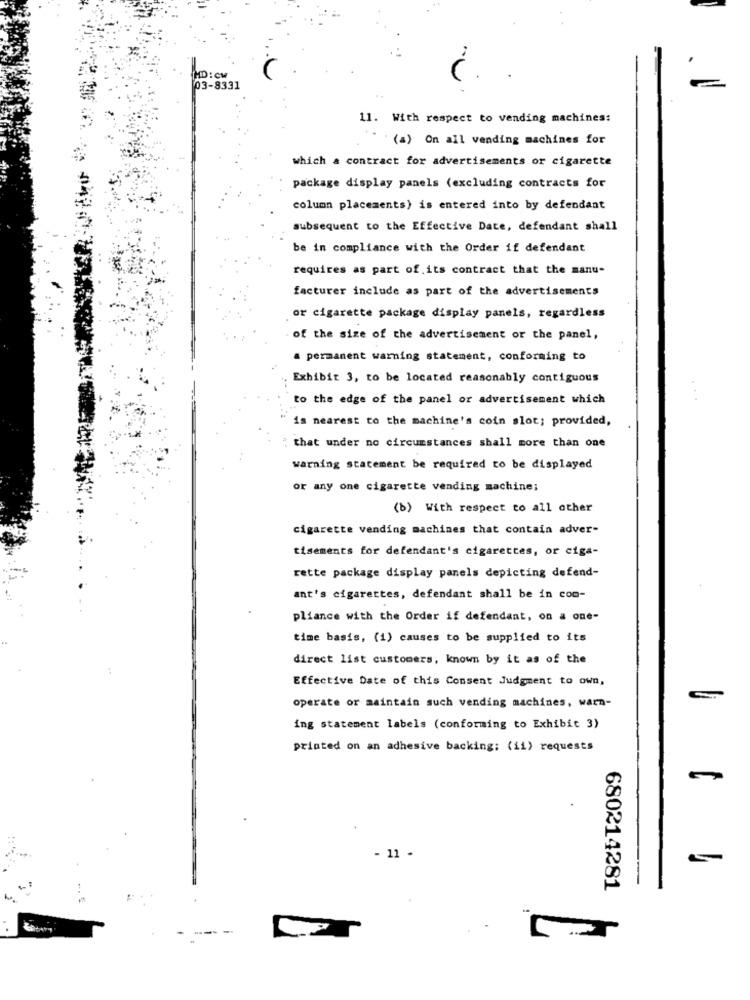
HD: CW
Ć .
03-8331
11. With respect to vending machines:
(a) On all vending machines for
which a contract for advertisements or cigarette
package display panels (excluding contracts for
column placements) is entered into by defendant
subsequent to the Effective Date, defendant shall
be in compliance with the Order if defendant
requires as part of.its contract that the manu-
facturer include as part of the advertisements
or cigarette package display panels, regardless
of the size of the advertisement or the panel,
a permanent warning statement, conforming to
Exhibit 3, to be located reasonably contiguous
to the edge of the panel or advertisement which
is nearest to the machine's coin slot; provided,
that under no circumstances shall more than one
warning statement be required to be displayed
or any one cigarette vending machine;
(b) With respect to all other
cigarette vending machines that contain adver-
tisements for defendant's cigarettes, or ciga-
rette package display panels depicting defend-
ant's cigarettes, defendant shall be in com-
pliance with the Order if defendant, on a one-
time basis, (1) causes to be supplied to its
direct list customers, known by it as of the
Effective Date of this Consent Judgment to own,
operate or maintain such vending machines, warn-
ing statement labels (conforming to Exhibit 3)
printed on an adhesive backing; (ii) requests
- 11 -
680214281